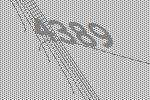
4389